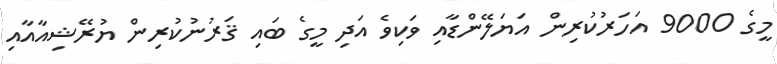
މީގެ 9000 އަހަރުކުރިން އަޔަލޭންޑާއި ވަކިވެ އަދި މީގެ ބައި ޤަރުނުކުރިން ޔުރޭޝިއާއާއި